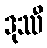
ဒုဿီ